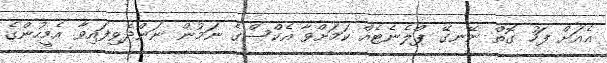
އެއަށް ފަހު ގޮތް ނޭނގޭ ޕްލެނެޓެއް ކަމަށްވާ އެކްސްގެ ނަމުން ނަންދެވިފައިވާ އެމީހުންގެ